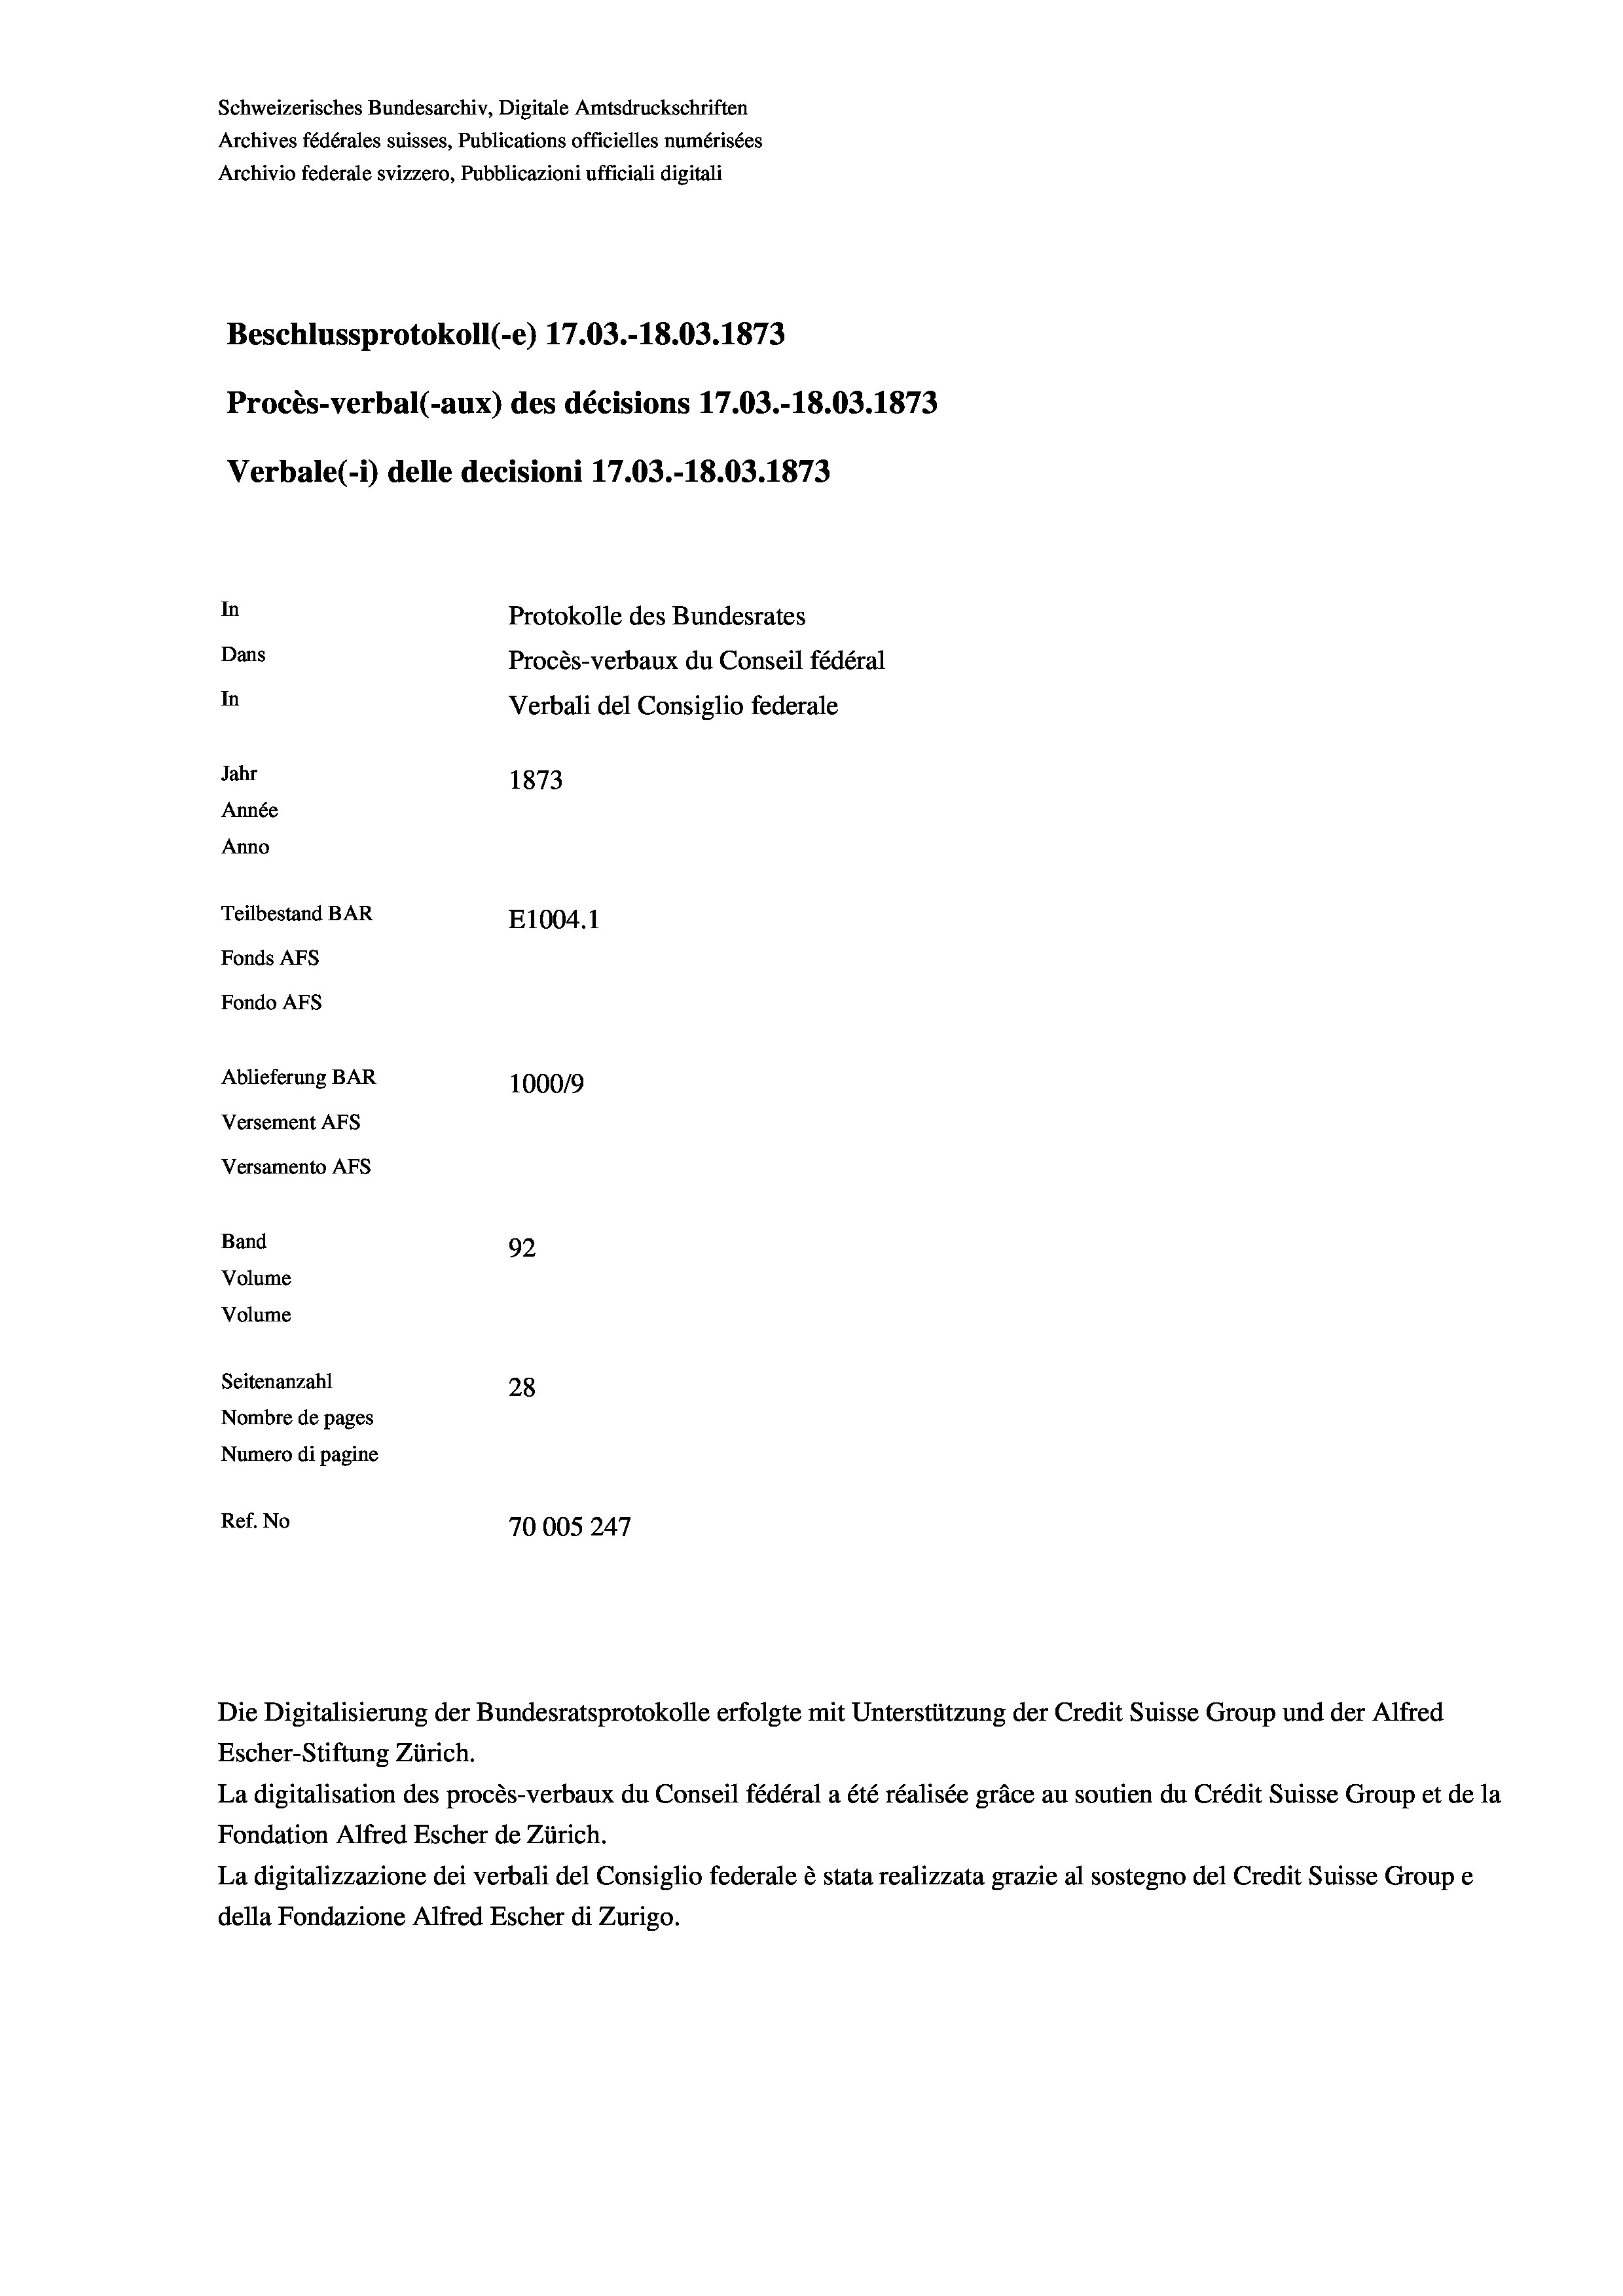
Schweizerisches Bundesarchiv, Digitale Amtsdruckschriften
Archives fédérales suisses, Publications officielles numérisées
Archivio federale svizzero, Pubblicazioni ufficiali digitali
Beschlussprotokoll (-e) 17.03.-18.03. 1873
Procès-verbal (-aux) des décisions 17.03.-18.03. 1873
Verbale(- 1) delle decisioni 17.03.-18.03. 1873
In
Protokolle des Bundesrates
Dans
Procès-verbaux du Conseil fédéral
In
Verbali del Consiglio federale
Jahr
1873
Année
Anno
Teilbestand BAR
E1004. 1
Fonds Afs
Fondo AFS
Ablieferung BAR
1000/9
Versement AFS
Versamento Afs
Band
92
Volume
Volume
Seitenanzahl
28
Nombre de pages
Numero di pagine
Ref. No
10005247

Escher-Stiftung Zürich.
La digitalisation des procès-verbaux du Conseil fédéral a été réalisée gräce au soutien du Crédit Suisse Group et de la
Fondation Alfred Escher de Zürich.
La digitalizzazione dei verbali del Consiglio federale è stata realizzata grazie al sostegno del Credit Suisse Groupe
della Fondazione Alfred Escher di Zurigo.

Die Digitalisierung der Bundesratsprotokolle erfolgte mit Unterstützung der Credit Suisse Group und der Alfred